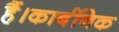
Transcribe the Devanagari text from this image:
हैं।कार्बनिक